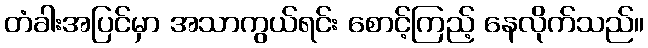
တံခါးအပြင်မှာ အသာကွယ်ရင်း စောင့်ကြည့် နေလိုက်သည်။